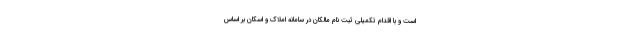
است و با اقدام تکمیلی ثبت نام مالکان در سامانه املاک و اسکان بر اساس